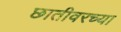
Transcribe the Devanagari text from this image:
छातीवरच्या